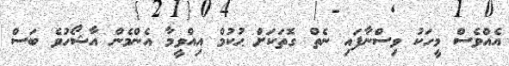
އެއްވެސް މީހަކު ވިސްނާފައި ނެތް ގޮތަކަށް ޙުކުމް އިއްވީމާ އެންމެން އާޝޯހުވެ ބަސް